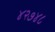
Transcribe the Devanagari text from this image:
४२७४८